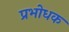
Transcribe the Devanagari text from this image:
प्रभोधक